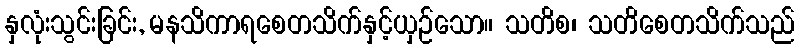
နှလုံးသွင်းခြင်း, မနသိကာရစေတသိက်နှင့်ယှဉ်သော။ သတိစ၊ သတိစေတသိက်သည်